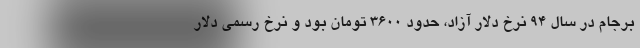
برجام در سال ۹۴ نرخ دلار آزاد، حدود ۳۶۰۰ تومان بود و نرخ رسمی دلار